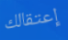
إعتقالك